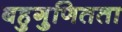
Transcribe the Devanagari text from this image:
बहुगुणितता